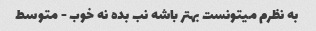
به نظرم میتونست بهتر باشه نب بده نه خوب - متوسط